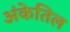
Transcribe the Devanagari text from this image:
अंकेतिल